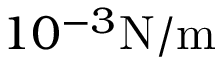
1 0 ^ { - 3 } \mathrm { { N / m } }